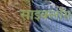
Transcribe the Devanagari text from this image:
साइक्लोंस